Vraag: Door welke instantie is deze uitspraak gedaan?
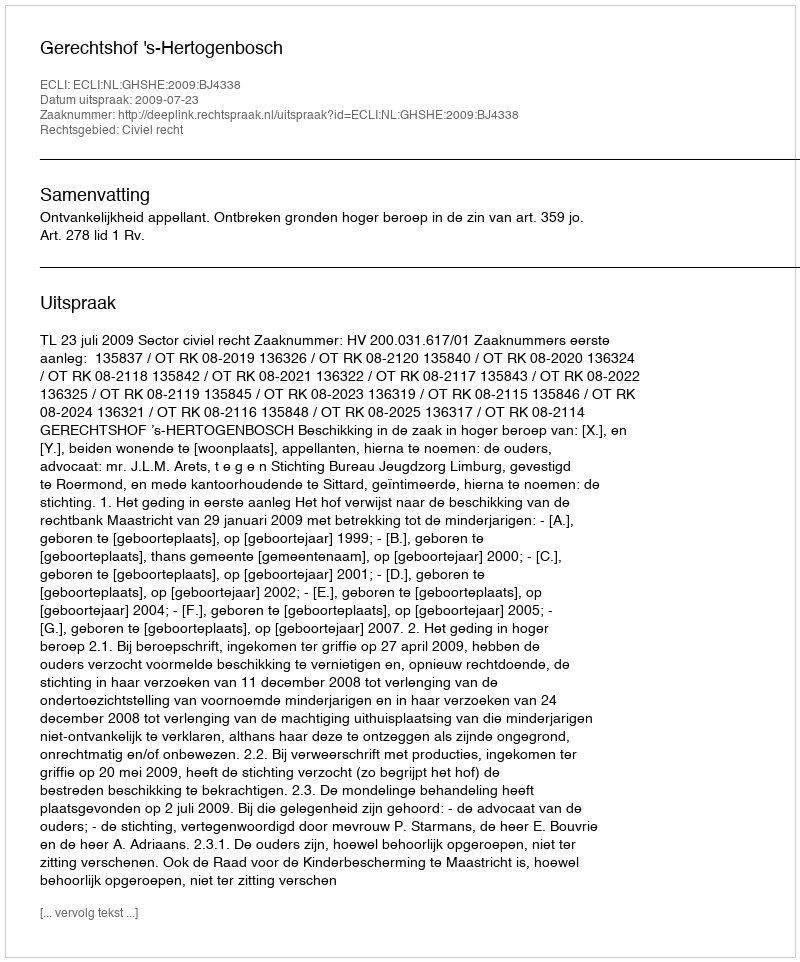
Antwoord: Gerechtshof 's-Hertogenbosch